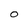
Character: O